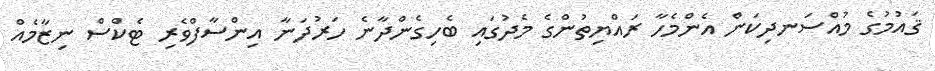
ޤައުމުގެ މުއްސަނދިކަން އެންމެހާ ރައްޔިތުންގެ މެދުގައި ބެހިގެންދާނެ ހަރުދަނާ އިންސާފްވެރި ޓެކްސް ނިޒާމެއް